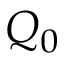
Q _ { 0 }